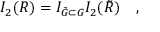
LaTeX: I _ { 2 } ( R ) = I _ { \tilde { G } \subset G } I _ { 2 } ( \tilde { R } ) \quad ,